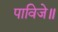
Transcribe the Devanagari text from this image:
पाविजे॥